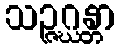
သဉ္ဇဂ္ဃန္တာ